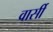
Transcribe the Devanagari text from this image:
वार्सी